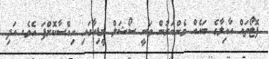
ފޮޓޯތައް އާއިލާގެ ބައެއް މެންބަރުން ވަނީ ސޯޝަލް މީޑިއާގައި ހިއްސާކޮށްފަ އެވެ. އަދި